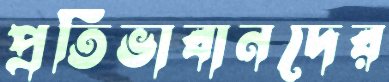
প্রতিভাবানদের